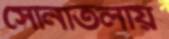
সোনাতলায়